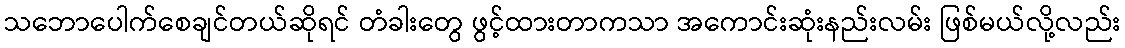
သဘောပေါက်စေချင်တယ်ဆိုရင် တံခါးတွေ ဖွင့်ထားတာကသာ အကောင်းဆုံးနည်းလမ်း ဖြစ်မယ်လို့လည်း